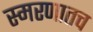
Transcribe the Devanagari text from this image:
स्मरणातच